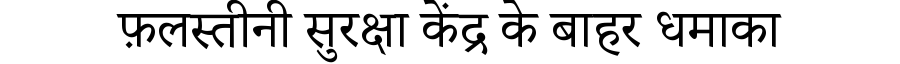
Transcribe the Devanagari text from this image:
फ़लस्तीनी सुरक्षा केंद्र के बाहर धमाका